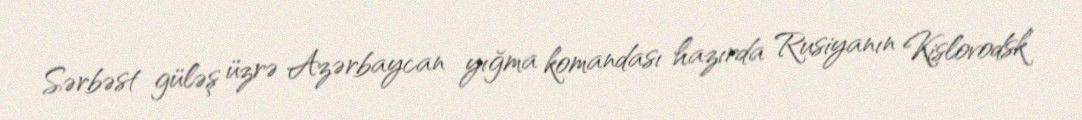
Sərbəst güləş üzrə Azərbaycan yığma komandası hazırda Rusiyanın Kislovodsk